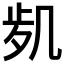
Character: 𠙑